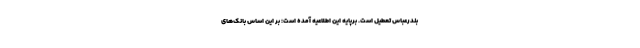
بندرعباس تعطیل است. برپایه این اطلاعیه آمده است: بر این اساس بانک‌های